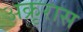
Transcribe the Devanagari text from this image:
अक्रृरास